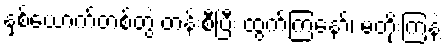
နှစ်ယောက်တစ်တွဲ တန်းစီပြီး ထွက်ကြနော်၊ မတိုးကြနဲ့